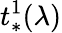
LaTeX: t_{*}^{1}(\lambda)